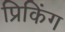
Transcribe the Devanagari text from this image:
प्रिकिंग